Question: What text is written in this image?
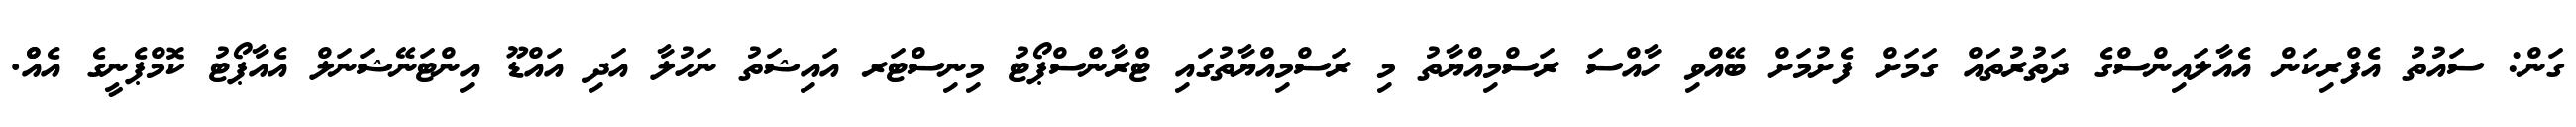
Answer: ގަން: ސައުތު އެފްރިކަން އެއާލައިންސްގެ ދަތުރުތައް ގަމަށް ފެށުމަށް ބޭއްވި ހާއްސަ ރަސްމިއްޔާތު މި ރަސްމިއްޔާތުގައި ޓްރާންސްޕޯޓު މިނިސްޓަރ އައިޝަތު ނަހުލާ އަދި އައްޑޫ އިންޓަނޭޝަނަލް އެއާޕޯޓު ކޮމްޕެނީގެ އެއްް.